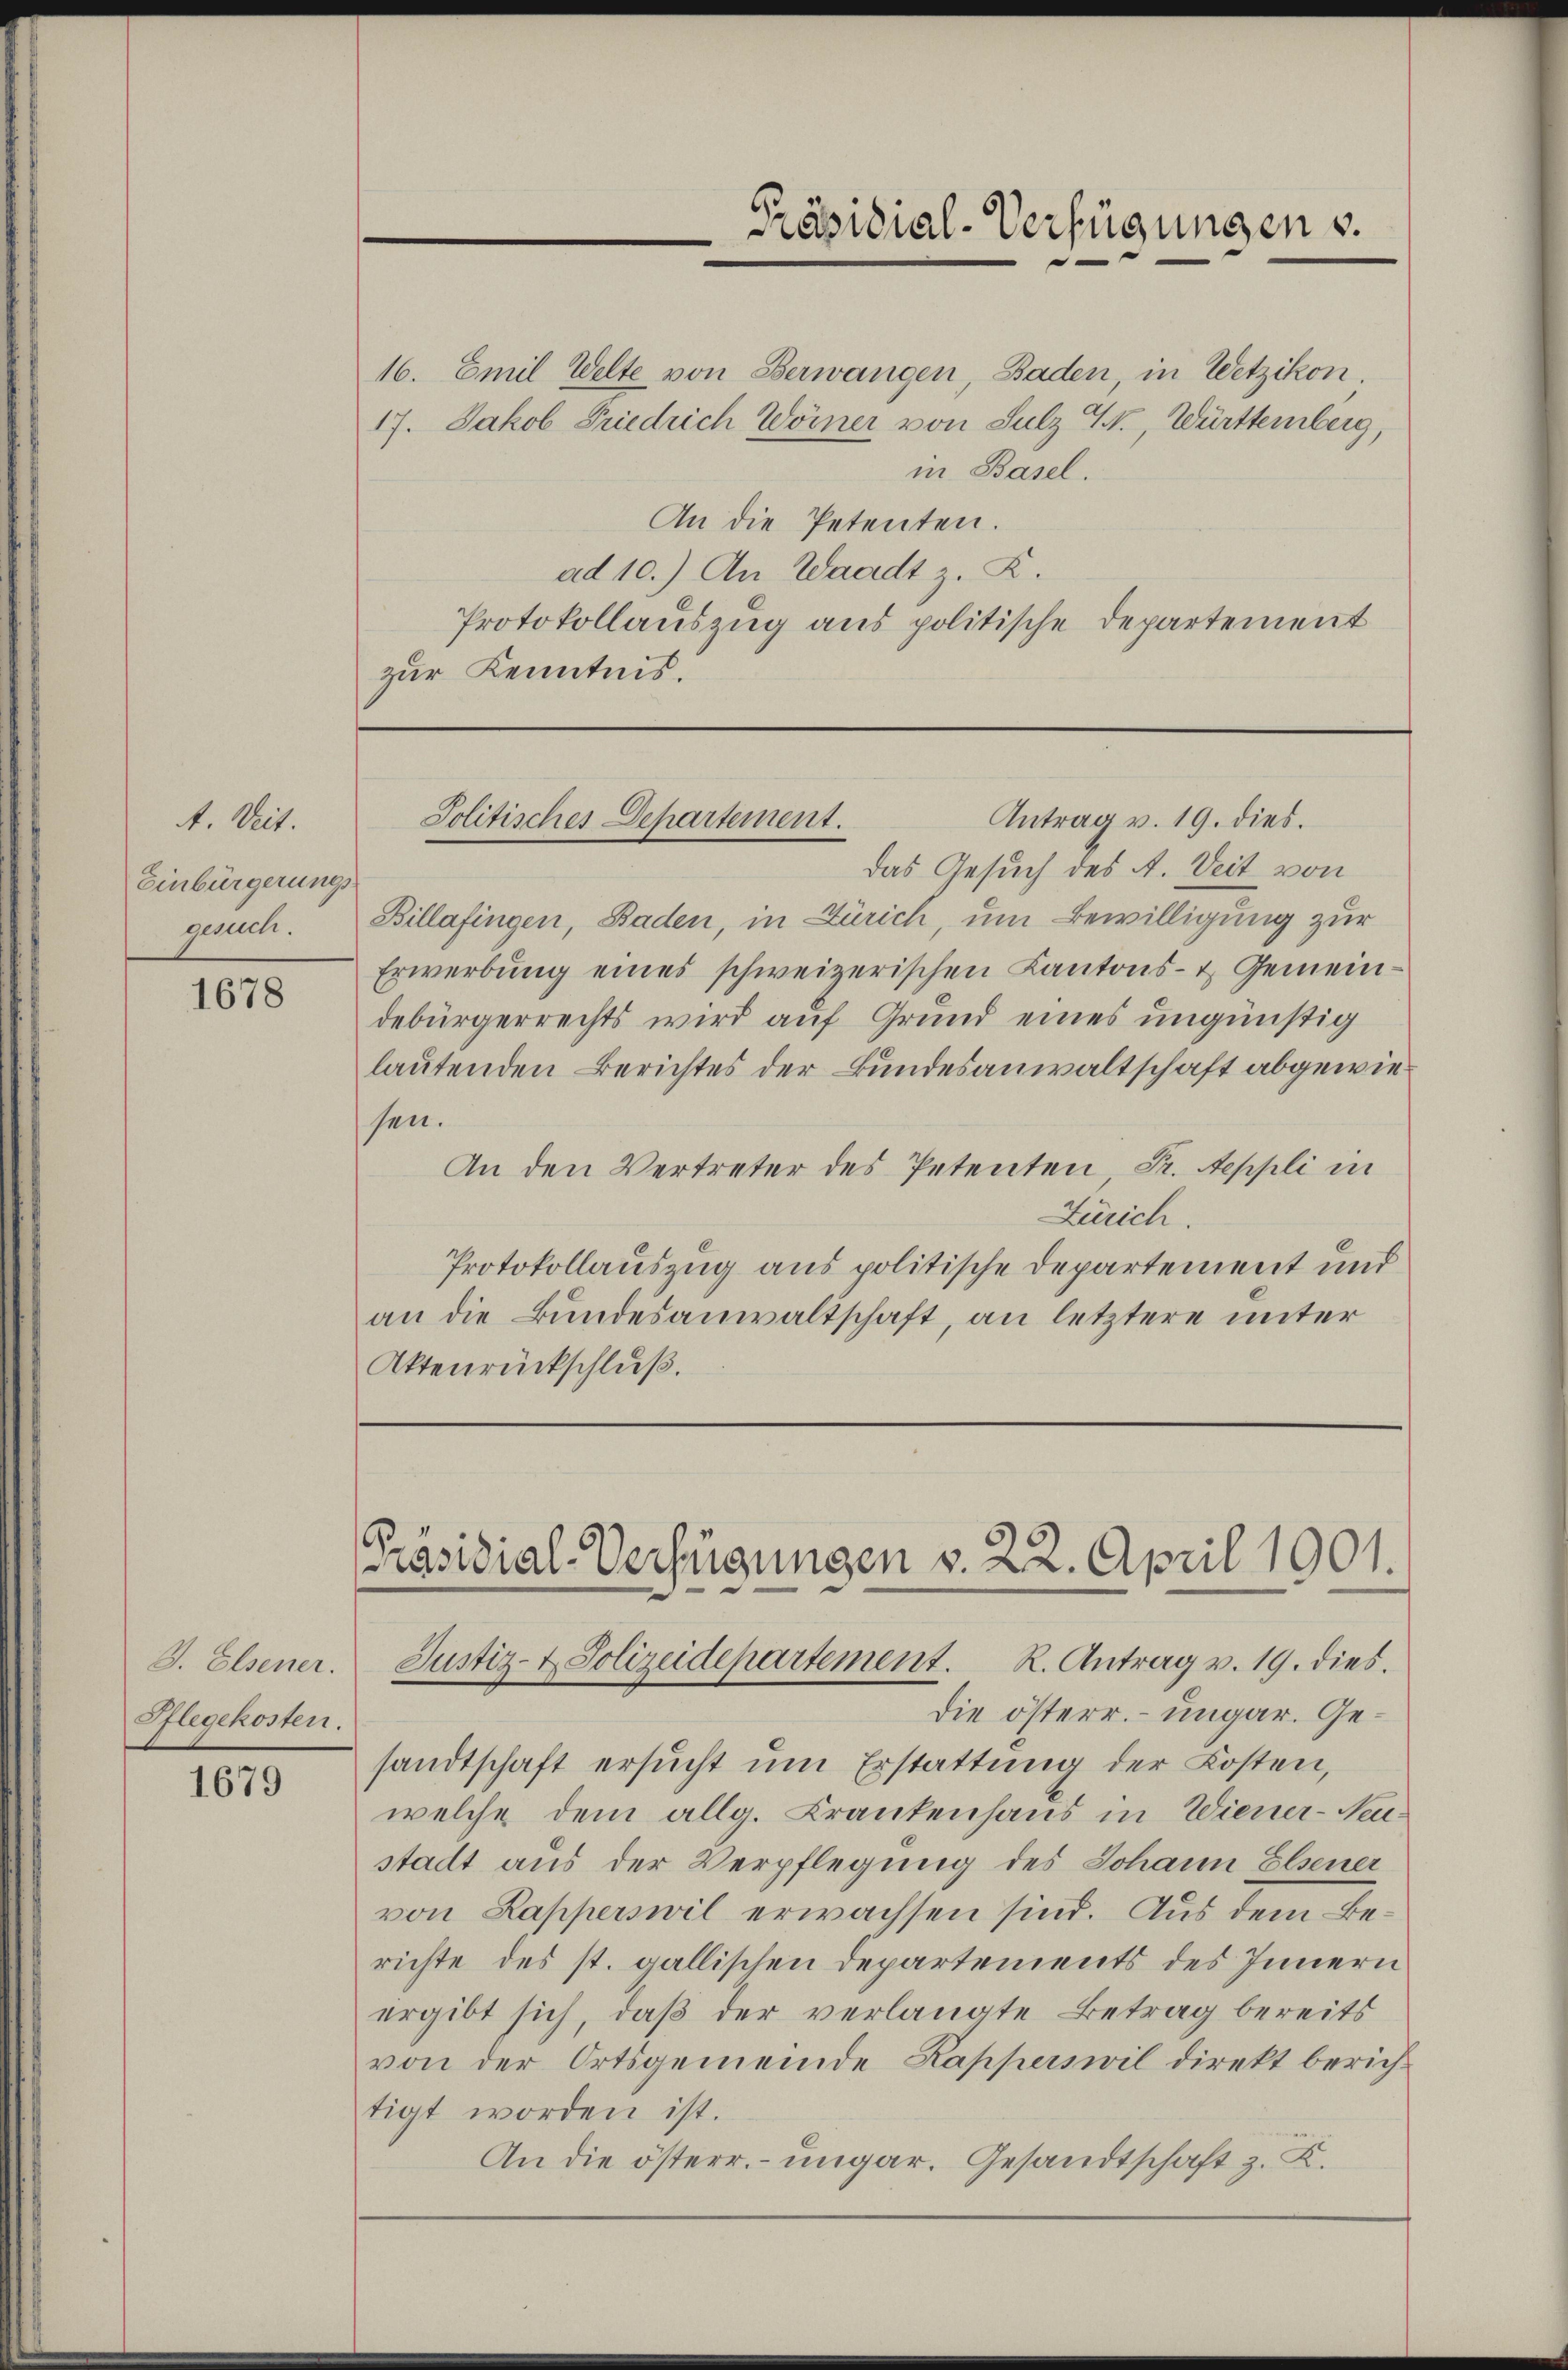
4. Veit.
Einbürgerungs¬

1678

J. Elsener.
Pflegekosten.

1679

16. Emil Welte von Verwangen, Baden, in Wetzikon.
17. Jakob Friedrich Wörner von Sulz X., Württemberg,
in Basel.
An die Petenten.
ad 10.) An Waadt z. R.
Protokollauszug aus politische Departement
zur Kenntnis.

Präsidial-Verfügungen v.

Antrag v. 19. dies.
Politisches Departement.

das Gesuch des A. Veit von
gesuch. Billafingen, Baden, in Zürich, um Bewilligung zur
Erwerbung eines schweizerischen Kantons- & Gemeindebürgerrechts wird auf Grund eines ungünstig
lautenden Berichtes der Bundesanwaltschaft abgewiesen.
An den Vertreter des Petenten, Dr. Aeppli in
Zürich.
Protokollauszug aus politische Departement und
an die Bundesanwaltschaft, an letztere unter
Aktenrückschluß.

Präsidial-Verfügungen v. 22. April 1901.
Justiz- & Polizeidepartement. R. Antrag v. 19. dies
die österr. ungar. Ge¬

sandtschaft ersucht um Erstattung der Kosten,
welche dem allg. Krankenhaus in Wiener-Neu
stadt aus der Verpflegung des Johann Elsener
von Kapperswil erwachsen sind. Aus dem Berichte des st. gallischen Departements des Innern
ergibt sich, daß der verlangte Betrag bereits
von der Ortsgemeinde Kapperswil direkt berichtigt worden ist.
An die österr. ungar. Gesandtschaft z. K.